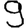
Digit: 9